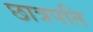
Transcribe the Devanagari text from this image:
छात्रपति